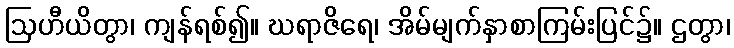
ဩဟီယိတွာ၊ ကျန်ရစ်၍။ ဃရာဇိရေ၊ အိမ်မျက်နှာစာကြမ်းပြင်၌။ ဌတွာ၊